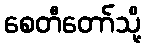
စေတီတော်သို့